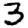
Digit: 3